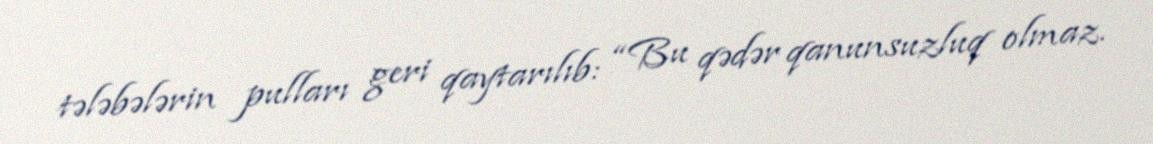
tələbələrin pulları geri qaytarılıb: “Bu qədər qanunsuzluq olmaz.